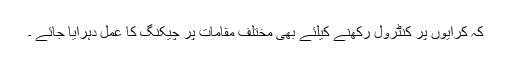
کہ کرایوں پر کنٹرول رکھنے کیلئے بھی مختلف مقامات پر چیکنگ کا عمل دہرایا جائے ۔